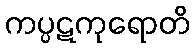
ကပ္ပဋကုရောတိ